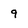
Character: 9